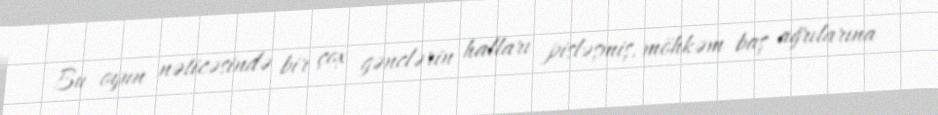
Bu oyun nəticəsində bir çox gənclərin halları pisləşmiş, möhkəm baş ağrılarına